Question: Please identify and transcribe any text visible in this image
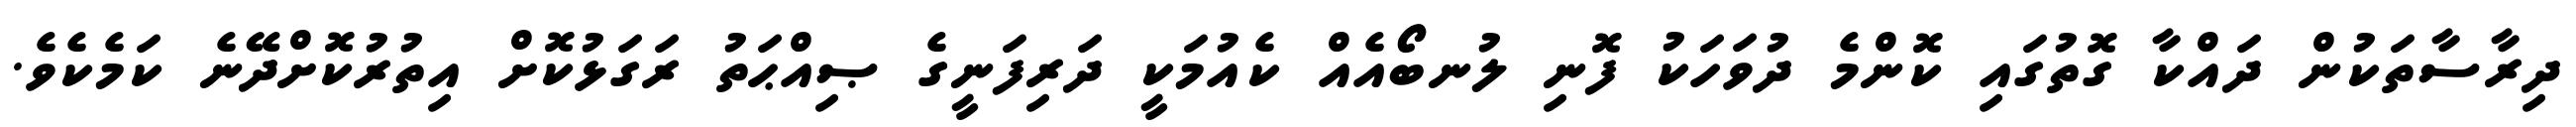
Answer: ދިރާސާތަކުން ދައްކާ ގޮތުގައި ކޮންމެ ދުވަހަކު ފޮނި ލުނބޯއެއް ކެއުމަކީ ދަރިފަނީގެ ޞިއްޙަތު ރަގަޅުކޮށް އިތުރުކޮށްދޭނެ ކަމެކެވެ.